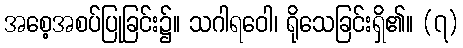
အစေ့အစပ်ပြုခြင်း၌။ သဂါရဝေါ၊ ရိုသေခြင်းရှိ၏။ (၇)